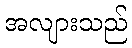
အလျားသည်